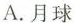
A.月球